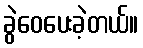
ခွဲဝေပေးခဲ့တယ်။